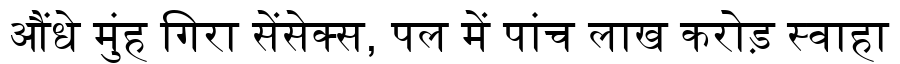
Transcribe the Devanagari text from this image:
औंधे मुंह गिरा सेंसेक्स, पल में पांच लाख करोड़ स्वाहा